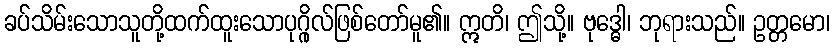
ခပ်သိမ်းသောသူတို့ထက်ထူးသောပုဂ္ဂိုလ်ဖြစ်တော်မူ၏။ ဣတိ၊ ဤသို့။ ဗုဒ္ဓေါ၊ ဘုရားသည်။ ဥတ္တမော၊